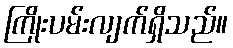
ကြိုးပမ်းလျက်ရှိသည်။